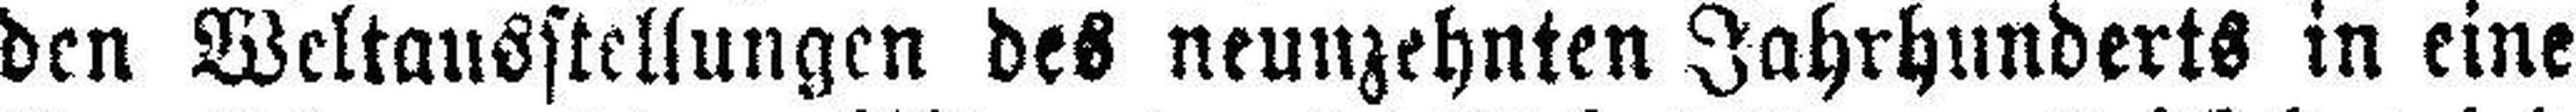
den Weltausstellungen des neunzehnten Jahrhunderts in eine